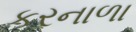
કરનાળા